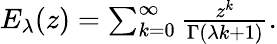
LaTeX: \begin{array}{r}{E_{\lambda}(z)=\sum_{k=0}^{\infty}\frac{z^{k}}{\Gamma(\lambda k+1)}.}\end{array}